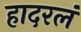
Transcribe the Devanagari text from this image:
हादरलं